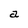
Character: a